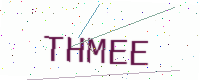
Text: THMEE